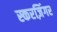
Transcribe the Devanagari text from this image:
स्करज़िंगर